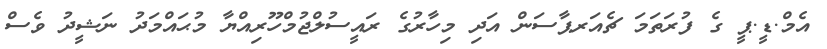
އެމް.ޑީ.ޕީ ގެ ފުރަތަމަ ޗެއަރޕާސަން އަދި މިހާރުގެ ރައީސުލްޖުމްހޫރިއްޔާ މުޙައްމަދު ނަޝީދު ވެސް